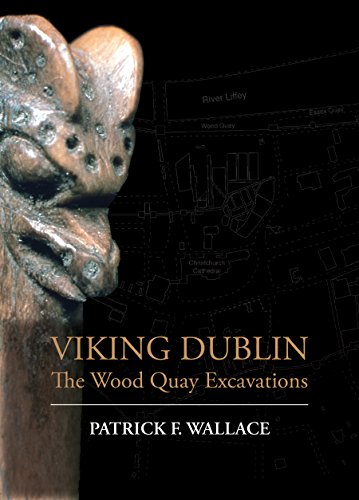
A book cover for Viking Dublin: The Wood Quay Excavations; Pat Wallace; Science & Math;